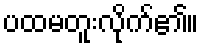
ပထမတူးလိုက်၏။